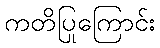
ကတိပြုကြောင်း